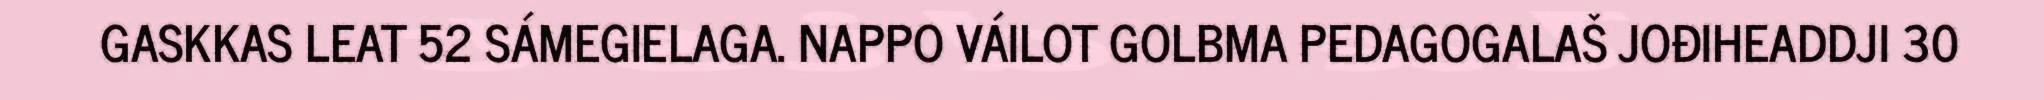
GASKKAS LEAT 52 SÁMEGIELAGA. NAPPO VÁILOT GOLBMA PEDAGOGALAŠ JOĐIHEADDJI 30